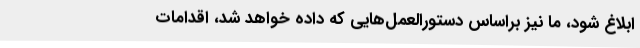
ابلاغ شود، ما نیز براساس دستورالعمل‌هایی که داده خواهد شد، اقدامات